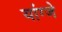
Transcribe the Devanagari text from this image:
यांग्जे